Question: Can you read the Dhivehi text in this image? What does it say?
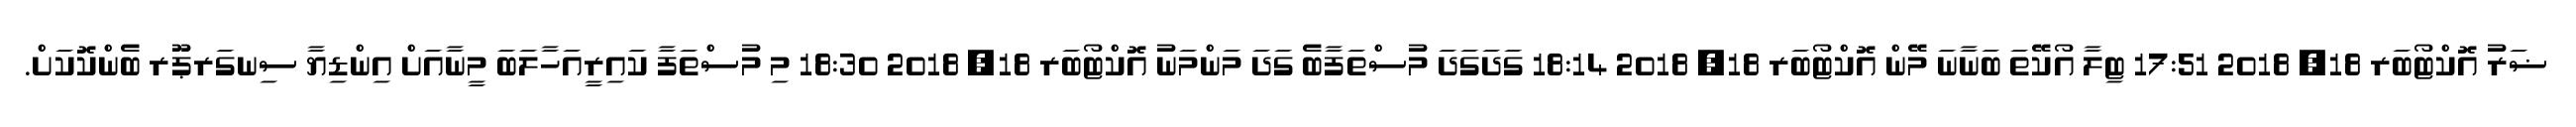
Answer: ޟަރު އޮކްޓޯބަރ 18, 2018 17:51 ޓިލާ އޯކޭތަ ބަނާނަ މޭން އޮކްޓޯބަރ 18, 2018 18:14 ގަދަގަދަ މުސްތަފާބެ ގަދަ މަންމަނު އޮކްޓޯބަރ 18, 2018 18:30 މި މުސްތަފާ ކައިރީއަހާލަބަ މީނާއަށް އިންޑިޔާ ސިނގަރޕޫރ ބެންކޮކަށް.